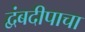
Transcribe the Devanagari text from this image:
द्वंबदीपाचा